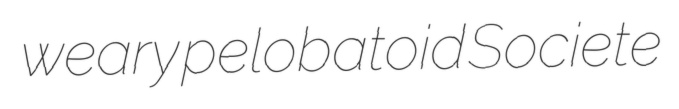
weary pelobatoid Societe